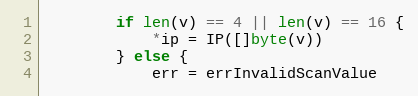
Language: Go
		if len(v) == 4 || len(v) == 16 {
			*ip = IP([]byte(v))
		} else {
			err = errInvalidScanValue